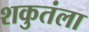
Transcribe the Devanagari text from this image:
शकुतंला